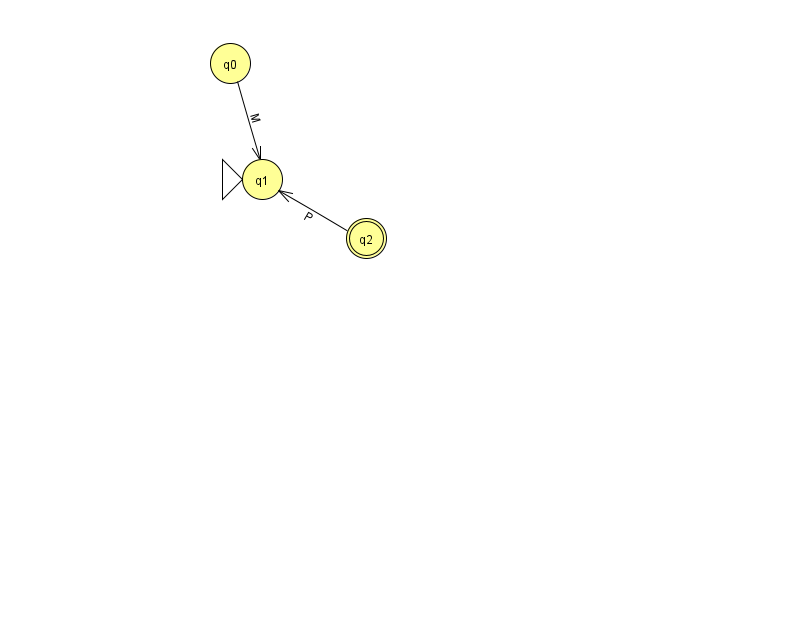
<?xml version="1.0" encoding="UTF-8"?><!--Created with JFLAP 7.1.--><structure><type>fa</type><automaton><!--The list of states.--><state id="0" name="q0"><x>230.0</x><y>50.0</y></state><state id="1" name="q1"><x>262.0</x><y>166.0</y><initial/></state><state id="2" name="q2"><x>366.0</x><y>225.0</y><final/></state><!--The list of transitions.--><transition><from>2</from><to>1</to><read>P</read></transition><transition><from>0</from><to>1</to><read>M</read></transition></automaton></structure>